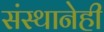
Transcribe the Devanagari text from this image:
संस्थानेही